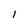
Character: 1